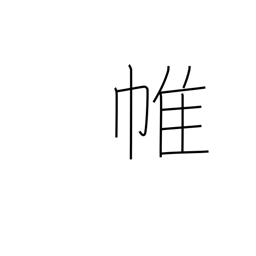
Meaning: curtain